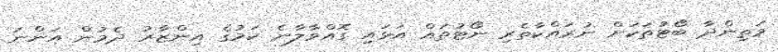
މަތިންދާ ބޯޓުތަކަށް ނުރައްކާތެރި ނޯޓުތައް އަޅައި ގޮއްވާލާނެ ކަމުގެ އިންޒާރު ދެމުން އަންނަ